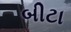
બીટા